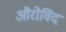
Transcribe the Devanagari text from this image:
औरोविंद